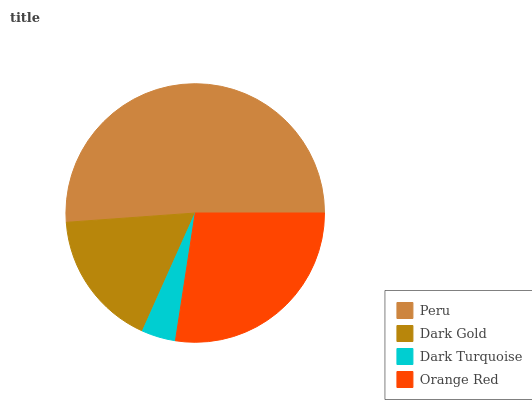
| Peru | Dark Gold | Dark Turquoise | Orange Red |
 | --- | --- | --- | --- |
 | 51.1% | 17.2% | 4.25% | 27.4% |